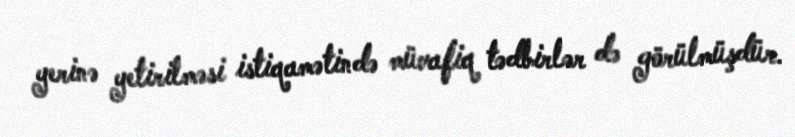
yerinə yetirilməsi istiqamətində müvafiq tədbirlər də görülmüşdür.